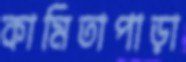
কামিতাপাড়া